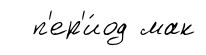
п'ер'и́од мак